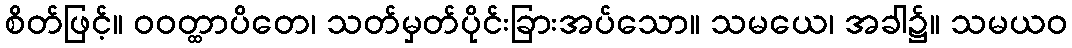
စိတ်ဖြင့်။ ဝဝတ္ထာပိတေ၊ သတ်မှတ်ပိုင်းခြားအပ်သော။ သမယေ၊ အခါ၌။ သမယဝ